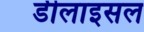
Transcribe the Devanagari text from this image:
डीलाइसल